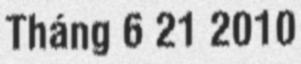
Tháng 6 21 2010